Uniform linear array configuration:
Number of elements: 8
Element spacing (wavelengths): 0.25
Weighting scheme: cosine
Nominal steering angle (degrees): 30
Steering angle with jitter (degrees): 28.61
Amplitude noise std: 0.05
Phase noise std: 0.05

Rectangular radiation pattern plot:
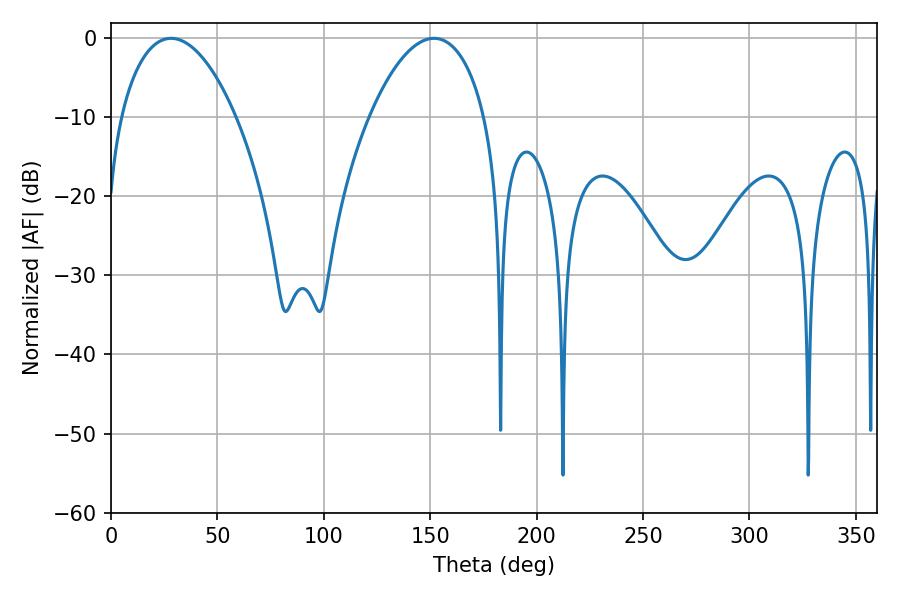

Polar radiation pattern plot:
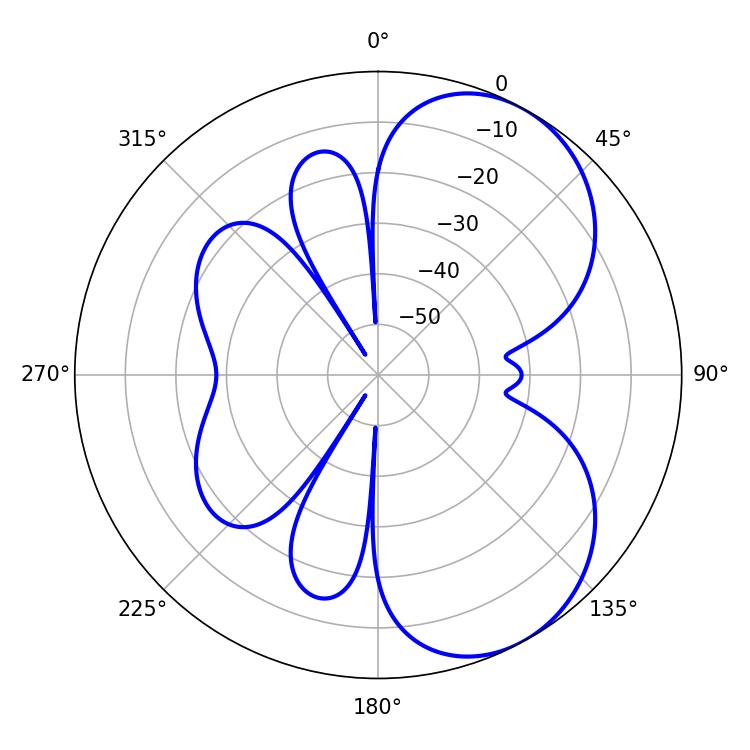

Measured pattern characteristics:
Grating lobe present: FALSE
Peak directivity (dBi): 5.73
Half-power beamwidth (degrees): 30.6
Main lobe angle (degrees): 28.26